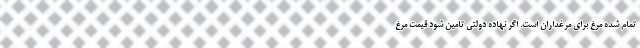
تمام شده مرغ برای مرغداران است. اگر نهاده دولتی تامین شود قیمت مرغ